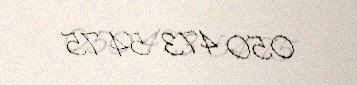
050 473 54 75